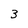
Character: 3